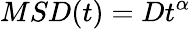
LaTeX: MSD(t)=Dt^{\alpha}